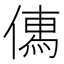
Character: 𠍶